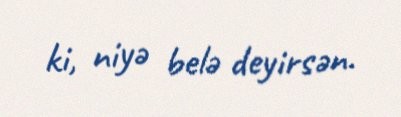
ki, niyə belə deyirsən.